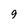
Character: 9